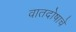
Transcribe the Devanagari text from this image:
वातदोषाचे